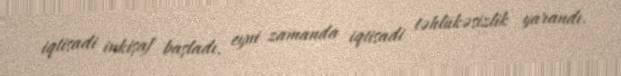
iqtisadi inkişaf başladı, eyni zamanda iqtisadi təhlükəsizlik yarandı.